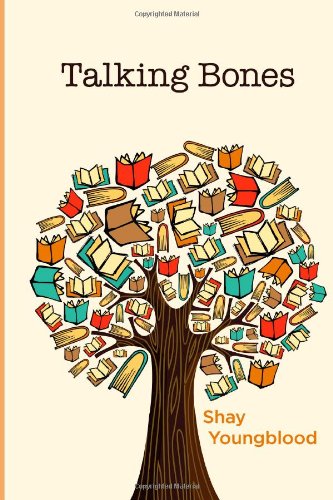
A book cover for Talking Bones; Shay Youngblood; Literature & Fiction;